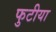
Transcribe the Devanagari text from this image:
फुटीया